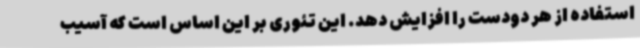
استفاده از هر دودست را افزایش دهد. این تئوری بر این اساس است که آسیب